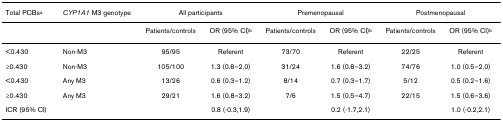
<table><thead><tr><td><b>Total PCBs<sup>a</sup></b></td><td><b><i>CYP1A1 </i>M3 genotype</b></td><td colspan="2"><b>All participants</b></td><td colspan="2"><b>Premenopausal</b></td><td colspan="2"><b>Postmenopausal</b></td></tr></thead><tbody><tr><td></td><td></td><td>Patients/controls</td><td>OR (95% CI)<sup>b</sup></td><td>Patients/controls</td><td>OR (95% CI)<sup>b</sup></td><td>Patients/controls</td><td>OR (95% CI)<sup>b</sup></td></tr><tr><td>&lt;0.430</td><td>Non-M3</td><td>95/95</td><td>Referent</td><td>73/70</td><td>Referent</td><td>22/25</td><td>Referent</td></tr><tr><td>≥0.430</td><td>Non-M3</td><td>105/100</td><td>1.3 (0.8–2.0)</td><td>31/24</td><td>1.6 (0.8–3.2)</td><td>74/76</td><td>1.0 (0.5–2.0)</td></tr><tr><td>&lt;0.430</td><td>Any M3</td><td>13/26</td><td>0.6 (0.3–1.2)</td><td>8/14</td><td>0.7 (0.3–1.7)</td><td>5/12</td><td>0.5 (0.2–1.6)</td></tr><tr><td>≥0.430</td><td>Any M3</td><td>29/21</td><td>1.6 (0.8–3.2)</td><td>7/6</td><td>1.5 (0.5–4.7)</td><td>22/15</td><td>1.5 (0.6–3.6)</td></tr><tr><td>ICR (95% CI)</td><td></td><td></td><td>0.8 (-0.3,1.9)</td><td></td><td>0.2 (-1.7,2.1)</td><td></td><td>1.0 (-0.2,2.1)</td></tr></tbody></table>